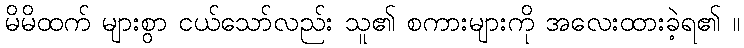
မိမိထက် များစွာ ငယ်သော်လည်း သူ၏ စကားများကို အလေးထားခဲ့ရ၏ ။